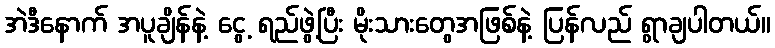
အဲဒီနောက် အပူချိန်နဲ့ ငွေ့ ရည်ဖွဲ့ပြီး မိုးသားတွေအဖြစ်နဲ့ ပြန်လည် ရွာချပါတယ်။